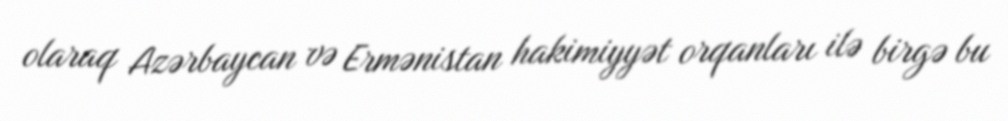
olaraq Azərbaycan və Ermənistan hakimiyyət orqanları ilə birgə bu